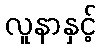
လူနာနှင့်